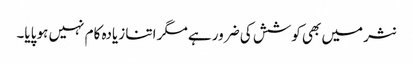
نثر میں بھی کوشش کی ضرور ہے مگر اتنا زیادہ کام نہیں ہو پایا۔